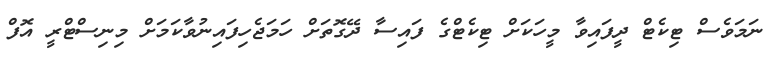
ނަމަވެސް ޓިކެޓް ދީފައިވާ މީހަކަށް ޓިކެޓްގެ ފައިސާ ދޭގޮތަށް ހަމަޖެހިފައިނުވާކަމަށް މިނިސްޓްރީ އޮފް